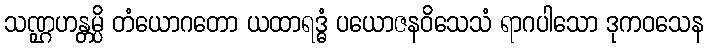
သဏ္ဌဟန္တမ္ပိ တံယောဂတော ယထာရဒ္ဓံ ပယောဇနဝိသေသံ ရာဂပါသော ဒုကဝသေန